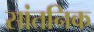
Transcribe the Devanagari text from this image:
सांतनिक